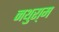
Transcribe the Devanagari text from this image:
नथुरा्म